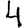
Digit: 4